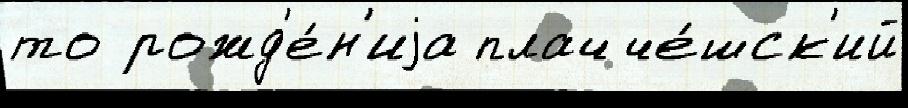
то рожд'е́н'иjа плач че́шск'ий